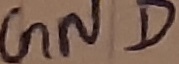
Text: GND